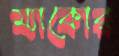
ম্যাকোর